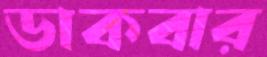
ডাকবার